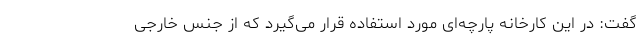
گفت: در این کارخانه پارچه‌ای مورد استفاده قرار می‌گیرد که از جنس خارجی